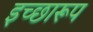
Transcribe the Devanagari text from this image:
इच्छारूप